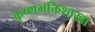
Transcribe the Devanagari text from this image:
कृष्णभक्तिशाखा